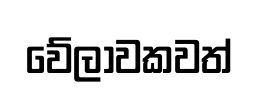
වේලාවකවත්